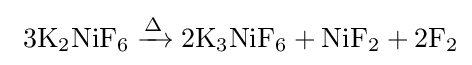
{\rm {\ 3K_{2}NiF_{6}\xrightarrow {\Delta } 2K_{3}NiF_{6}+NiF_{2}+2F_{2}}}